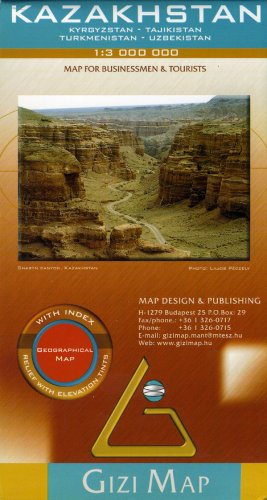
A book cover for Kazakhstan, Kyrgyzstan, Tajikistan, Turkmenistan, Uzbekistan Map (English, German and Hungarian Edition); GiziMap; Travel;